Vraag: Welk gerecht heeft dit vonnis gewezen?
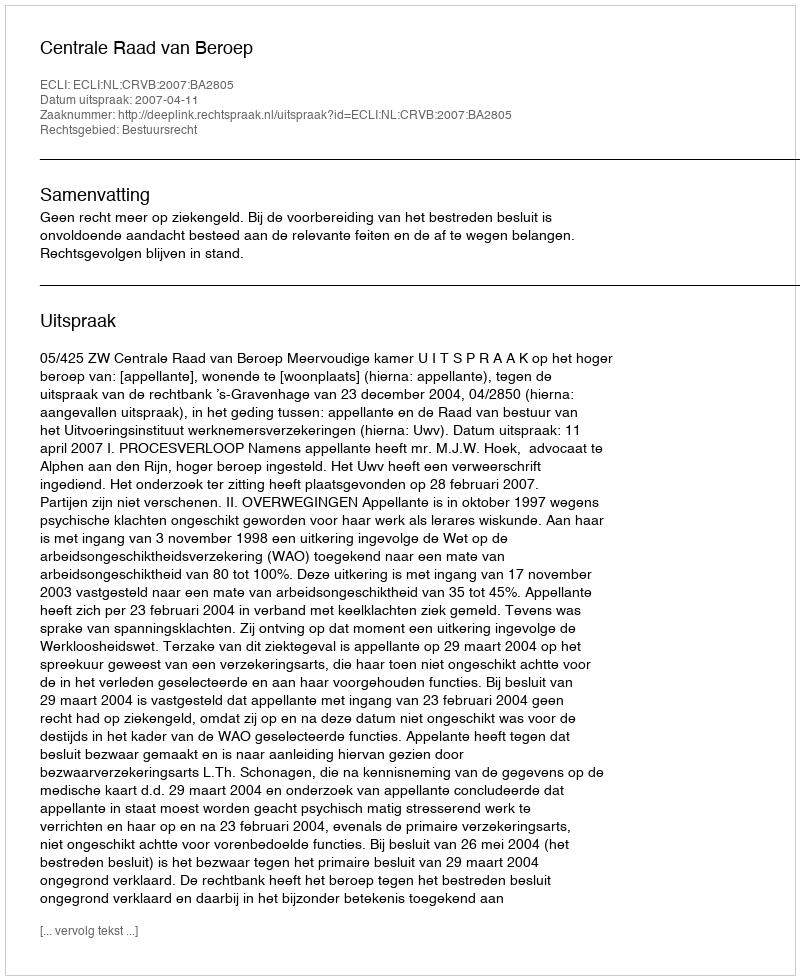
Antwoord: Centrale Raad van Beroep